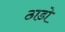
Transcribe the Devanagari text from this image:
ठाडो